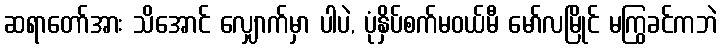
ဆရာတော်အား သိအောင် လျှောက်မှာ ပါပဲ, ပုံနှိပ်စက်မဝယ်မီ မော်လမြိုင် မကြွခင်ကဘဲ